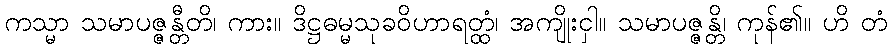
ကသ္မာ သမာပဇ္ဇန္တီတိ၊ ကား။ ဒိဋ္ဌဓမ္မသုခဝိဟာရတ္ထံ၊ အကျိုးငှါ။ သမာပဇ္ဇန္တိ၊ ကုန်၏။ ဟိ တံ